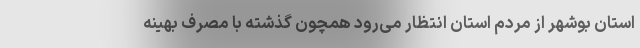
استان بوشهر از مردم استان انتظار می‌رود همچون گذشته با مصرف بهینه